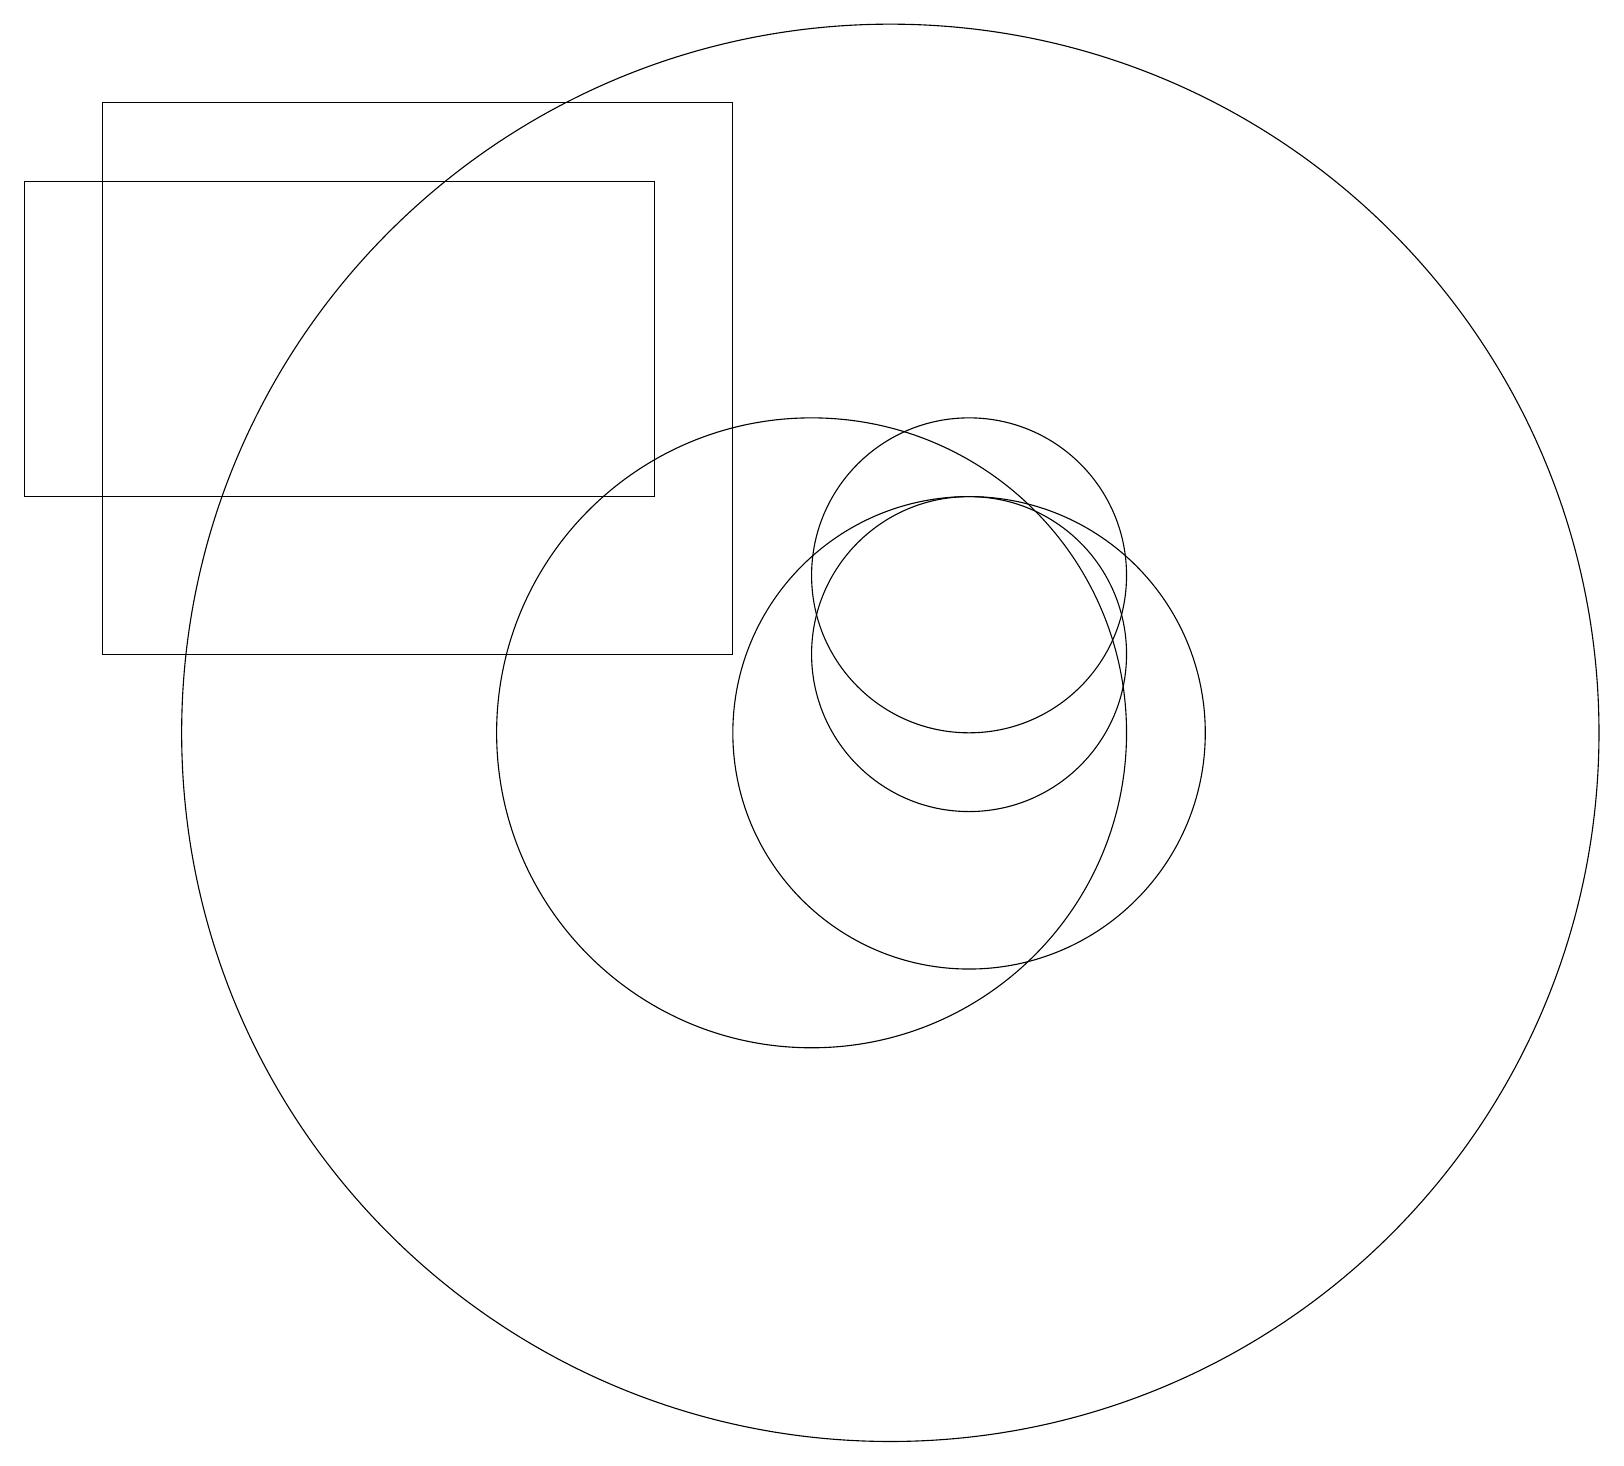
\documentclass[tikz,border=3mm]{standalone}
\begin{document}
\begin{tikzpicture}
\draw (12,11) circle (2);
\draw (12,10) circle (3);
\draw (12,12) circle (2);
\draw (10,10) circle (4);
\draw (11,10) circle (9);
\draw (1,11) rectangle (9,18);
\draw (0,17) rectangle (8,13);
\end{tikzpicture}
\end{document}